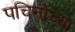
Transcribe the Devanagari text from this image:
पचिनोच्या